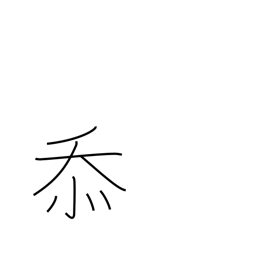
Meaning: grateful